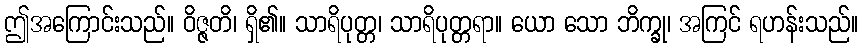
ဤအကြောင်းသည်။ ဝိဇ္ဇတိ၊ ရှိ၏။ သာရိပုတ္တ၊ သာရိပုတ္တရာ။ ယော သော ဘိက္ခု၊ အကြင် ရဟန်းသည်။